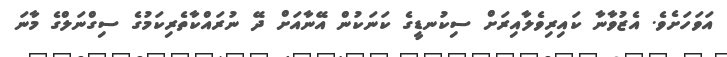
އަވަހަށެވެ. އެޒުވާނާ ކައިރިވެލާއިރަށް ސިކުނޑީގެ ކަނަކުން އޭނާއަށް ދޭ ނުރައްކާތެރިކަމުގެ ސިގްނަލްގެ މާނަ